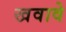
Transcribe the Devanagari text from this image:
खवावे